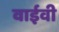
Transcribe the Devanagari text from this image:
वाईवी